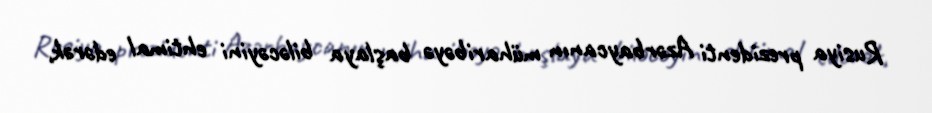
Rusiya prezidenti Azərbaycanın müharibəyə başlaya biləcəyini ehtimal edərək,